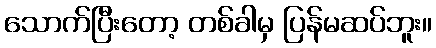
သောက်ပြီးတော့ တစ်ခါမှ ပြန်မဆပ်ဘူး။